65_HS1-834228961_62-HQ-83894_Section_9
Agency: FBI
Page 282
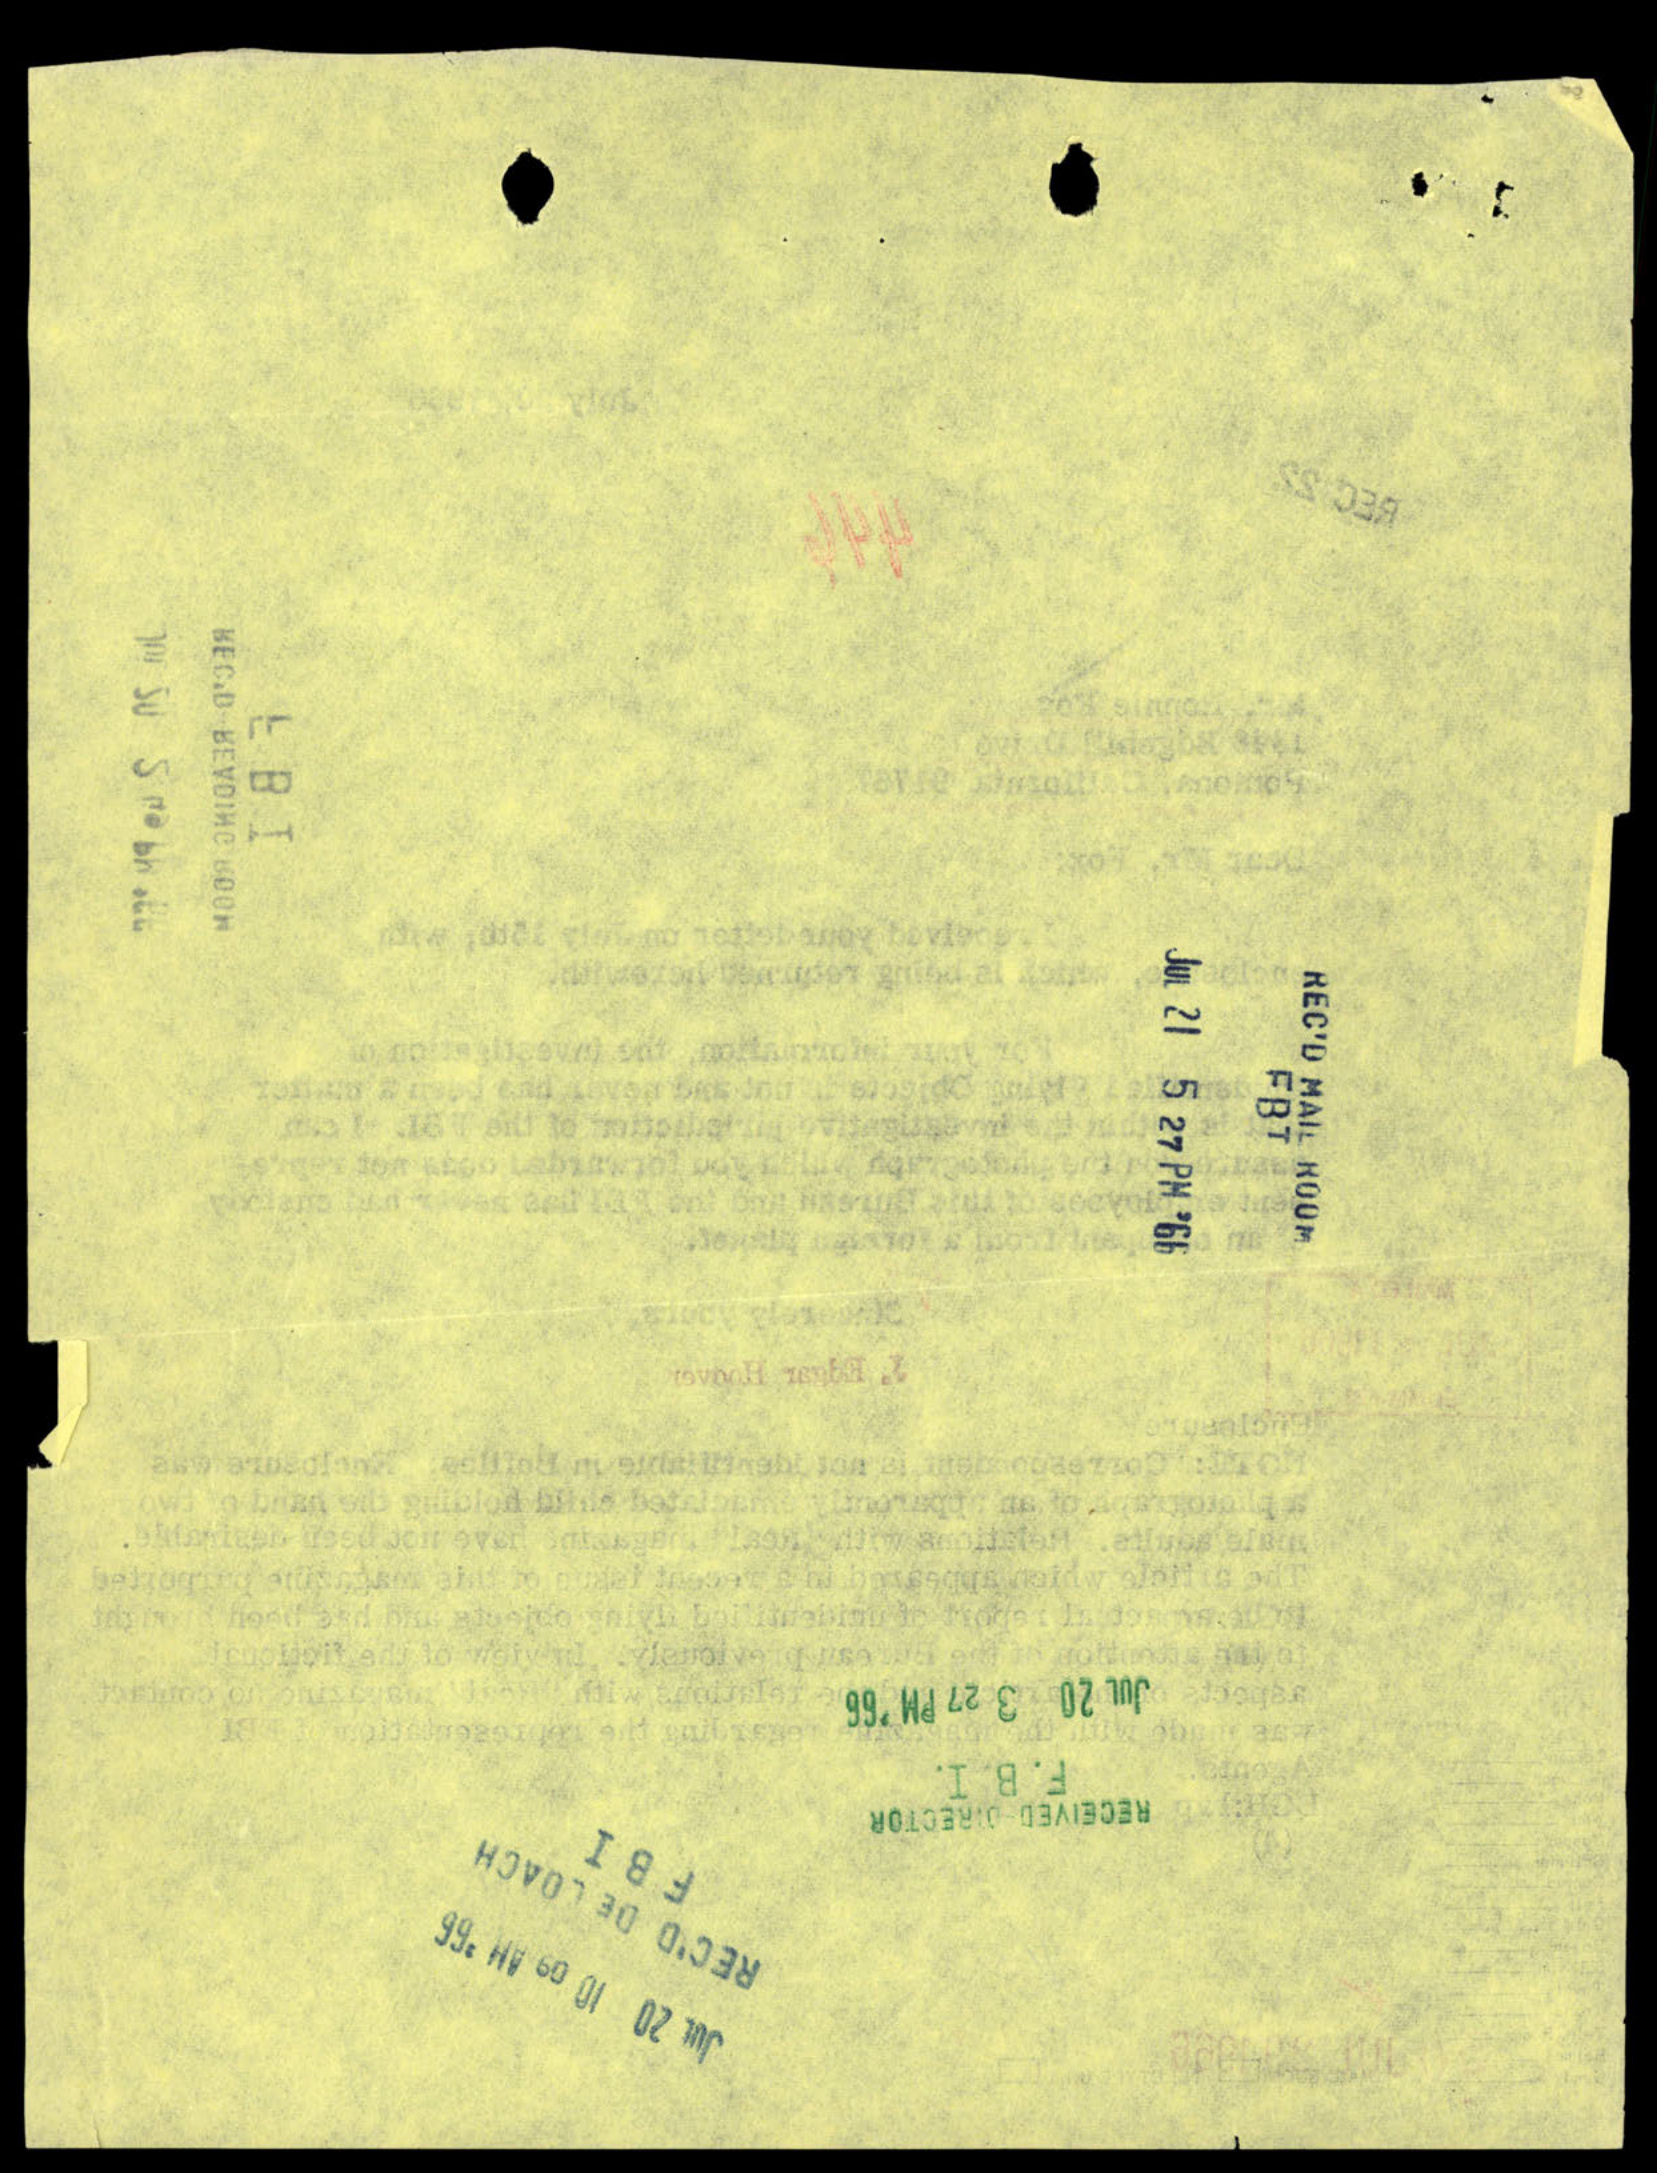